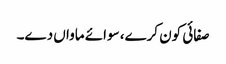
صفائی کون کرے، سوائے ماواں دے۔